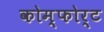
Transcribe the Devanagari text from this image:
कोम्फोर्ट